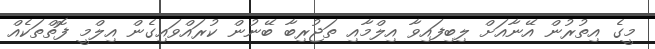
މީގެ އިތުރުން އޭނާއަށް ލިބިފައިވާ އިލްމާއި ތަޖުރިބާ ބޭނުން ކުރައްވައިގެން އިލްމީ ފޮތްތަކެއް